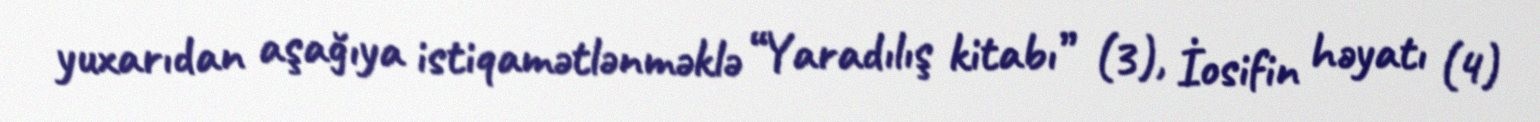
yuxarıdan aşağıya istiqamətlənməklə “Yaradılış kitabı” (3), İosifin həyatı (4)